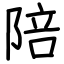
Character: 陪